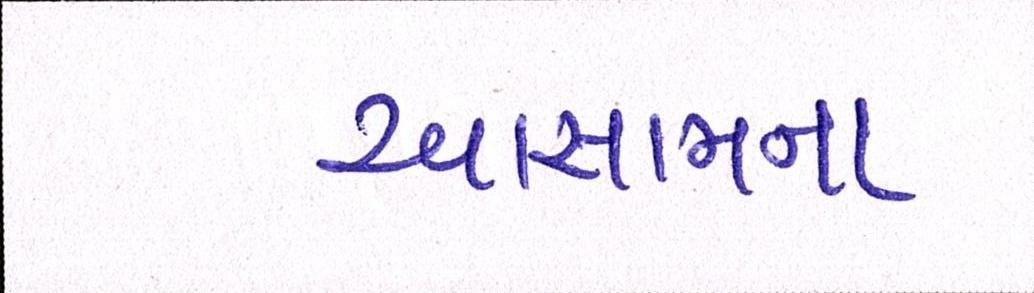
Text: આસામના